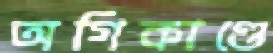
অগিকাণ্ডে